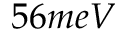
5 6 m e V